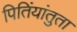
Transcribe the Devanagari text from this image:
पितिंयांतुता